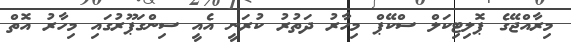
މިރާއްޖޭގެ ޕޮލިޓިކަލް ސްކޭޕް މިހާރު ދަތުރު ކުރަނީ އެއީ ސިންގަޕޫރުގައި މިހާރު އޮތް